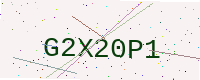
Text: G2X20P1